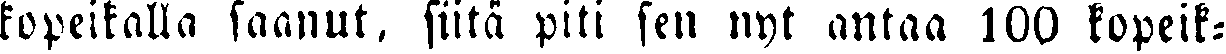
kopeikalla saanut, siitä piti sen nyt antaa 100 kopeik-